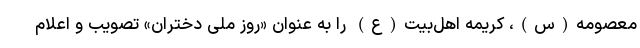
معصومه(س)، کریمه اهل‌بیت(ع) را به عنوان «روز ملی دختران» تصویب و اعلام